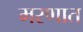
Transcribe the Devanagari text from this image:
मरणात